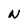
Character: N